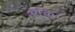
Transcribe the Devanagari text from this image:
आंक।